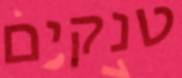
טנקים